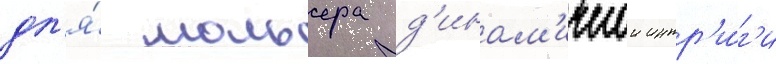
дл'я́ мольера д'инам'ичнои интр'и́г'и